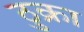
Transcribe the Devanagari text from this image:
ठुक्रा